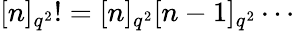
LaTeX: \lbrack n]_{q^{2}}!=[n]_{q^{2}}[n-1]_{q^{2}}\cdots